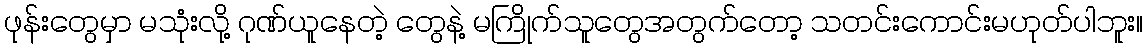
ဖုန်းတွေမှာ မသုံးလို့ ဂုဏ်ယူနေတဲ့ တွေနဲ့ မကြိုက်သူတွေအတွက်တော့ သတင်းကောင်းမဟုတ်ပါဘူး။